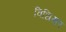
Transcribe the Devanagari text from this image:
विधिसर